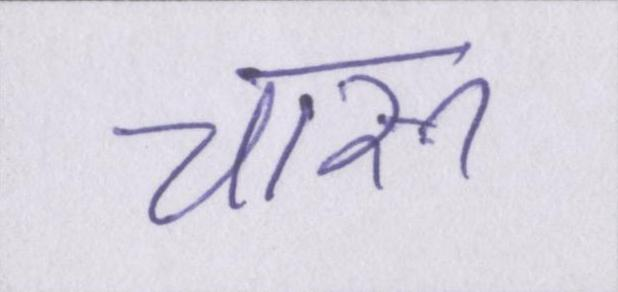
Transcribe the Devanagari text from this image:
चारू